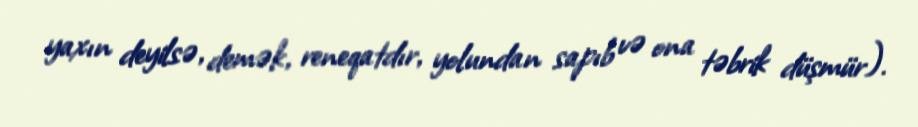
yaxın deyilsə, demək, reneqatdır, yolundan sapıb və ona təbrik düşmür).